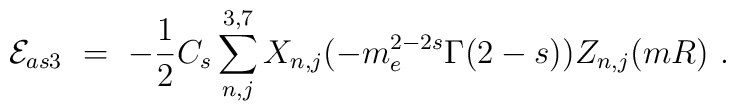
{\cal E}_{as3}\ =\ -\frac 12 C_s \sum_{n,j}^{3,7}X_{n,j}(-m_e^{2-2s}\Gamma(2-s))Z_{n,j}(mR)\ .